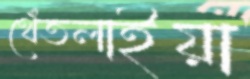
থেঁতলাইয়া